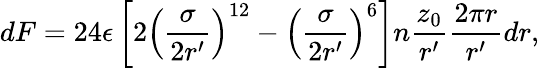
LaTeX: dF=24\epsilon\left[2\left(\frac{\sigma}{2r^{\prime}}\right)^{12}-\left(\frac{\sigma}{2r^{\prime}}\right)^{6}\right]n\frac{z_{0}}{r^{\prime}}\frac{2\pi r}{r^{\prime}}dr,